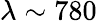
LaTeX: \lambda\sim 780